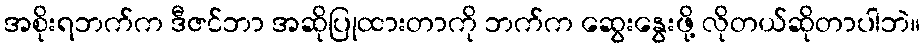
အစိုးရဘက်က ဒီဇင်ဘာ အဆိုပြုထားတာကို ဘက်က ဆွေးနွေးဖို့ လိုတယ်ဆိုတာပါဘဲ။